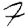
Digit: 7